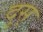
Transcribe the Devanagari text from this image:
दुस्‌